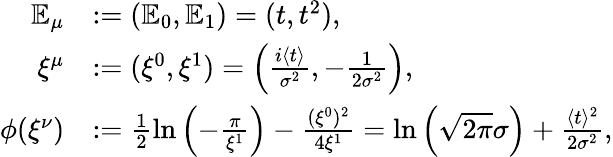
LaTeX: \begin{array}{rl}{\mathbb{E}_{\mu}}&{:=(\mathbb{E}_{0},\mathbb{E}_{1})=(t,t^{2}),}\\ {\xi^{\mu}}&{:=(\xi^{0},\xi^{1})=\left(\frac{i\langle t\rangle}{\sigma^{2}},-\frac{1}{2\sigma^{2}}\right),}\\ {\phi(\xi^{\nu})}&{:=\frac{1}{2}\ln\left(-\frac{\pi}{\xi^{1}}\right)-\frac{(\xi^{0})^{2}}{4\xi^{1}}=\ln\left(\sqrt{2\pi}\sigma\right)+\frac{\langle t\rangle^{2}}{2\sigma^{2}},}\end{array}